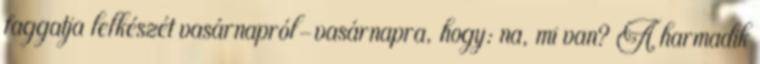
faggatja lelkészét vasárnapról-vasárnapra, hogy: na, mi van? A harmadik